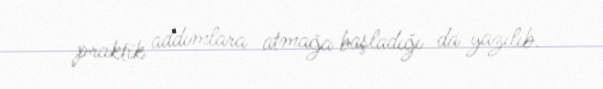
praktik addımlara atmağa başladığı da yazılıb.